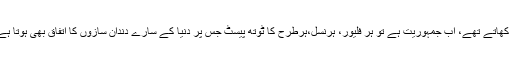
پہلے نیم،ببول،کوئلے،نمک سے دانت چمکاتے تھے اور بڑھاپے تک اصلی دانتوں کے ساتھ خوراکیں کھاتے تھے، اب جمہوریت ہے تو ہر فلیور، ہرنسل،ہرطرح کا ٹوتھ پیسٹ جس پر دنیا کے سارے دندان سازوں کا اتفاق بھی ہوتا ہے، لیکن دانت ٹوتھ پیسٹ سے اتفاق نہیں کرتے،اور ان کا آپس کا اتفاق ایک ایک کرکے ختم ہوجاتا ہے۔